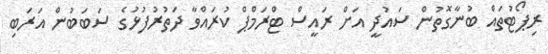
ރިޕޯޓުަތައް ބުނާގޮތުން ސައުދީ އަށް ރައީސް ޓްރަމްޕް ކުރައްވާ ދަތުރުފުޅުގެ ސަބަބުން އަރަބި